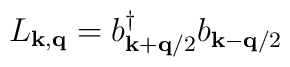
L_{ {\bf{k}}, {\bf{q}} } =b^{\dagger}_{ {\bf{k}}+{\bf{q}}/2 }b_{ {\bf{k}}-{\bf{q}}/2 }